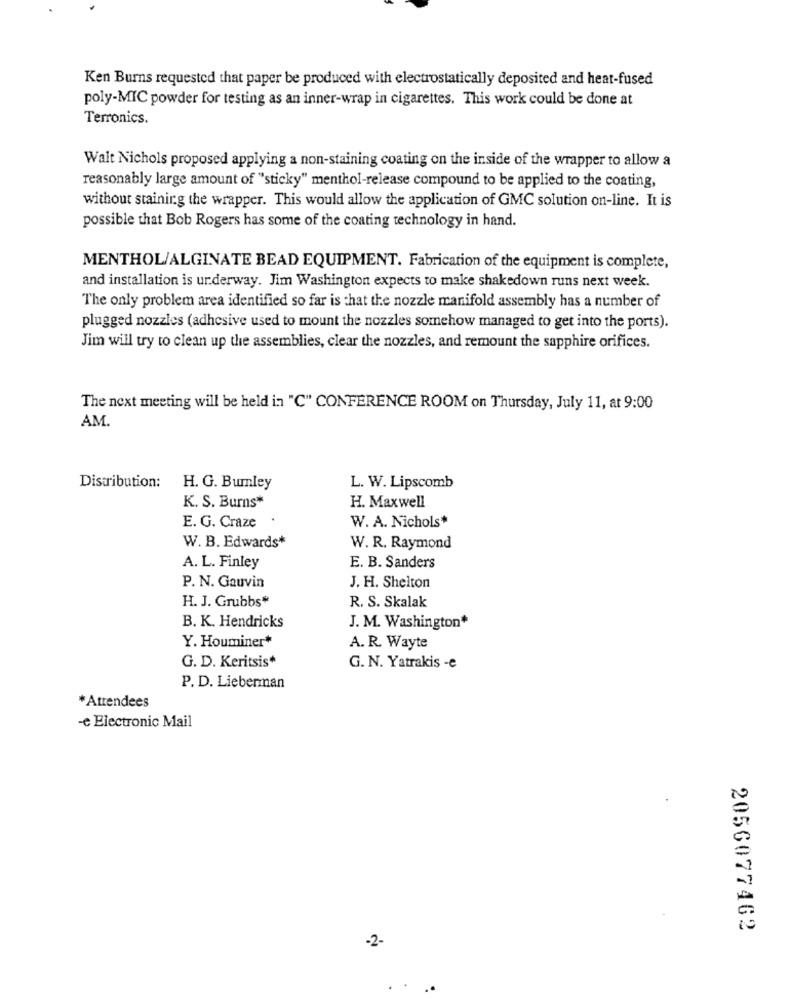
Ken Burns requested that paper be produced with electrostatically deposited and heat-fused
poly-MIC powder for testing as an inner-wrap in cigarettes. This work could be done at
Terronics.
Walt Nichols proposed applying a non-staining coating on the inside of the wrapper to allow a
reasonably large amount of "sticky" menthol-release compound to be applied to the coating,
without staining the wrapper. This would allow the application of GMC solution on-line. It is
possible that Bob Rogers has some of the coating technology in hand.
MENTHOL/ALGINATE BEAD EQUIPMENT. Fabrication of the equipment is complete,
and installation is underway. Jim Washington expects to make shakedown runs next week.
The only problem area identified so far is that the nozzle manifold assembly has a number of
plugged nozzles (adhesive used to mount the nozzles somehow managed to get into the ports).
Jim will try to clean up the assemblies, clear the nozzles, and remount the sapphire orifices.
The next meeting will be held in "C" CONFERENCE ROOM on Thursday, July 11, at 9:00
AM.
Distribution:
H. G. Burnley
L. W. Lipscomb
K. S. Burns*
H. Maxwell
E. G. Craze
W. A. Nichols*
W. B. Edwards*
W. R. Raymond
A. L. Finley
E. B. Sanders
P. N. Gauvin
J. H. Shelton
H. J. Grubbs"
R. S. Skalak
B. K. Hendricks
J. M. Washington*
Y. Houminer*
A. R. Wayte
G. D. Keritsis*
G. N. Yatrakis -e
P. D. Lieberman
*Attendees
-e Electronic Mail
2056077462
-2-